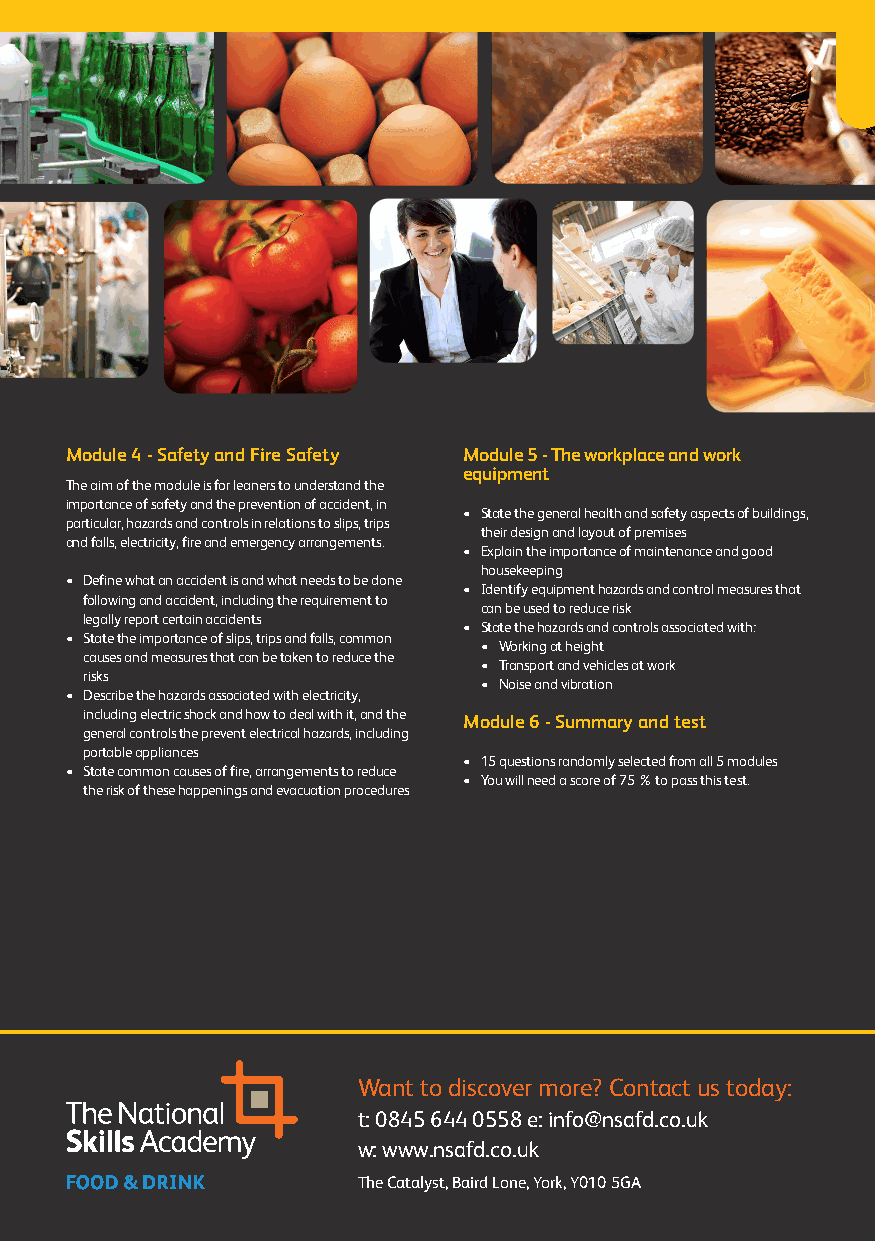
Module 4 - Safety and Fire Safety Module 5 - The workplace and work
 equipment
 The aim of the module is for leaners to understand the
 importance of safety and the prevention of accident, in
 • State the general health and safety aspects of buildings,
 particular, hazards and controls in relations to slips, trips
 their design and layout of premises
 and falls, electricity, fire and emergency arrangements.
 • Explain the importance of maintenance and good
 housekeeping
 • Define what an accident is and what needs to be done
 • Identify equipment hazards and control measures that
 following and accident, including the requirement to
 can be used to reduce risk
 legally report certain accidents
 • State the hazards and controls associated with:
 • State the importance of slips, trips and falls, common
 • Working at height
 causes and measures that can be taken to reduce the
 • Transport and vehicles at work
 risks
 • Noise and vibration
 • Describe the hazards associated with electricity,
 including electric shock and how to deal with it, and the Module 6 - Summary and test
 general controls the prevent electrical hazards, including
 portable appliances
 • 15 questions randomly selected from all 5 modules
 • State common causes of fire, arrangements to reduce
 • You will need a score of 75 % to pass this test.
 the risk of these happenings and evacuation procedures
 Want to discover more? Contact us today:
 t: 0845 644 0558 e: info@nsafd.co.uk
 w: www.nsafd.co.uk
 The Catalyst, Baird Lone, York, Y010 5GA